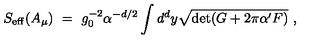
S _ { \mathrm { e f f } } ( A _ { \mu } ) \ = \ g _ { 0 } ^ { - 2 } \alpha ^ { - d / 2 } \int d ^ { d } y { \sqrt { \det ( G + 2 \pi \alpha ^ { \prime } F ) } } \ ,